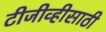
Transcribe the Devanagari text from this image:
टीजीव्हीसाठी